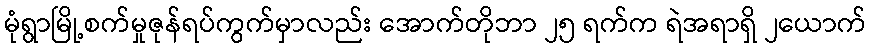
မုံရွာမြို့စက်မှုဇုန်ရပ်ကွက်မှာလည်း အောက်တိုဘာ ၂၅ ရက်က ရဲအရာရှိ ၂ယောက်